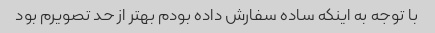
با توجه به اینکه ساده سفارش داده بودم بهتر از حد تصویرم بود